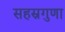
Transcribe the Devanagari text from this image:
सहस्रगुणा